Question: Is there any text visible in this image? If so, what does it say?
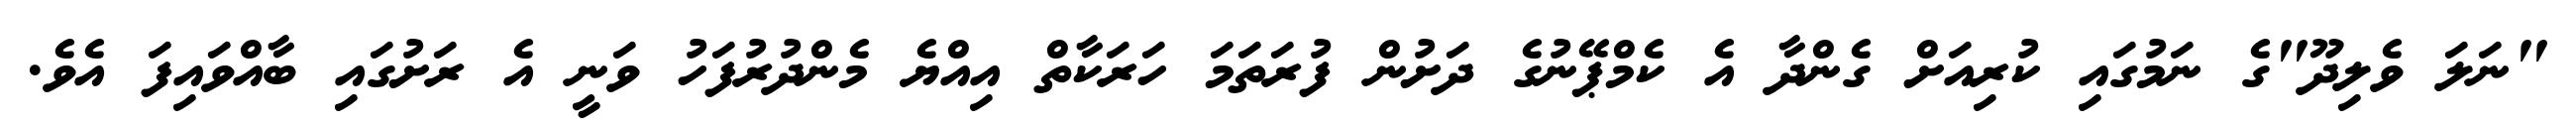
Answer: "ނަލަ ވެލިދޫ"ގެ ނަމުގައި ކުރިއަށް ގެންދާ އެ ކެމްޕޭނުގެ ދަށުން ފުރަތަމަ ހަރަކާތް އިއްޔެ މެންދުރުފަހު ވަނީ އެ ރަށުގައި ބާއްވައިފަ އެވެ.